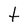
Character: t